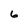
Character: 6